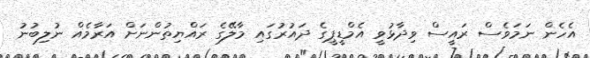
އެހެން ނަމަވެސް ރައީސް ވިދާޅުވީ އެމްޑީޕީގެ ދައުރުގައި މާލޭގެ ރައްޔިތުންނަށް އަރާމެއް ނުލިބުނު